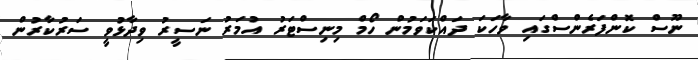
ނޫސް ކޮންފަރެންސްގައި ވާހަކަ ދައްކަވަމުން ހޯމް މިނިސްޓަރު އުމަރު ނަސީރު ވިދާޅުވީ ސަރުކާރުން